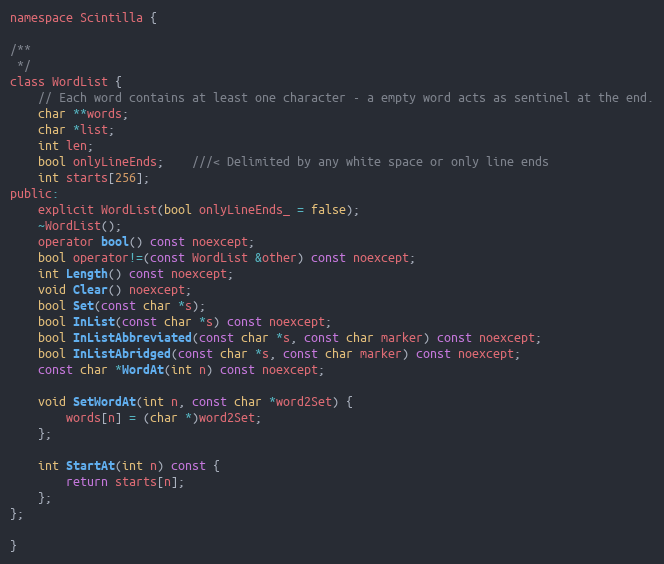
Language: C
namespace Scintilla {

/**
 */
class WordList {
	// Each word contains at least one character - a empty word acts as sentinel at the end.
	char **words;
	char *list;
	int len;
	bool onlyLineEnds;	///< Delimited by any white space or only line ends
	int starts[256];
public:
	explicit WordList(bool onlyLineEnds_ = false);
	~WordList();
	operator bool() const noexcept;
	bool operator!=(const WordList &other) const noexcept;
	int Length() const noexcept;
	void Clear() noexcept;
	bool Set(const char *s);
	bool InList(const char *s) const noexcept;
	bool InListAbbreviated(const char *s, const char marker) const noexcept;
	bool InListAbridged(const char *s, const char marker) const noexcept;
	const char *WordAt(int n) const noexcept;

	void SetWordAt(int n, const char *word2Set) {
		words[n] = (char *)word2Set;
	};

	int StartAt(int n) const {
		return starts[n];
	};
};

}